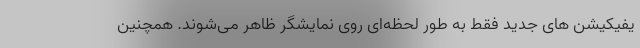
یفیکیشن های جدید فقط به طور لحظه‌ای روی نمایشگر ظاهر می‌شوند. همچنین